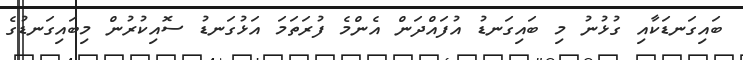
ބައިގަނޑަކާއި ގުޅުނު މި ބައިގަނޑު އުފައްދަން އެންމެ ފުރަތަމަ އަޅުގަނޑު ސޮއިކުރުން މިބައިގަނޑުގެ